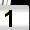
Digit: 1